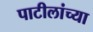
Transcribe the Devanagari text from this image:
पाटीलांच्या